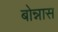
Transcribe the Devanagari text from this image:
बोन्नास